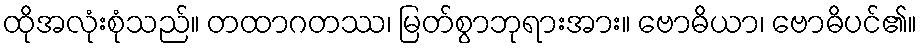
ထိုအလုံးစုံသည်။ တထာဂတဿ၊ မြတ်စွာဘုရားအား။ ဗောဓိယာ၊ ဗောဓိပင်၏။